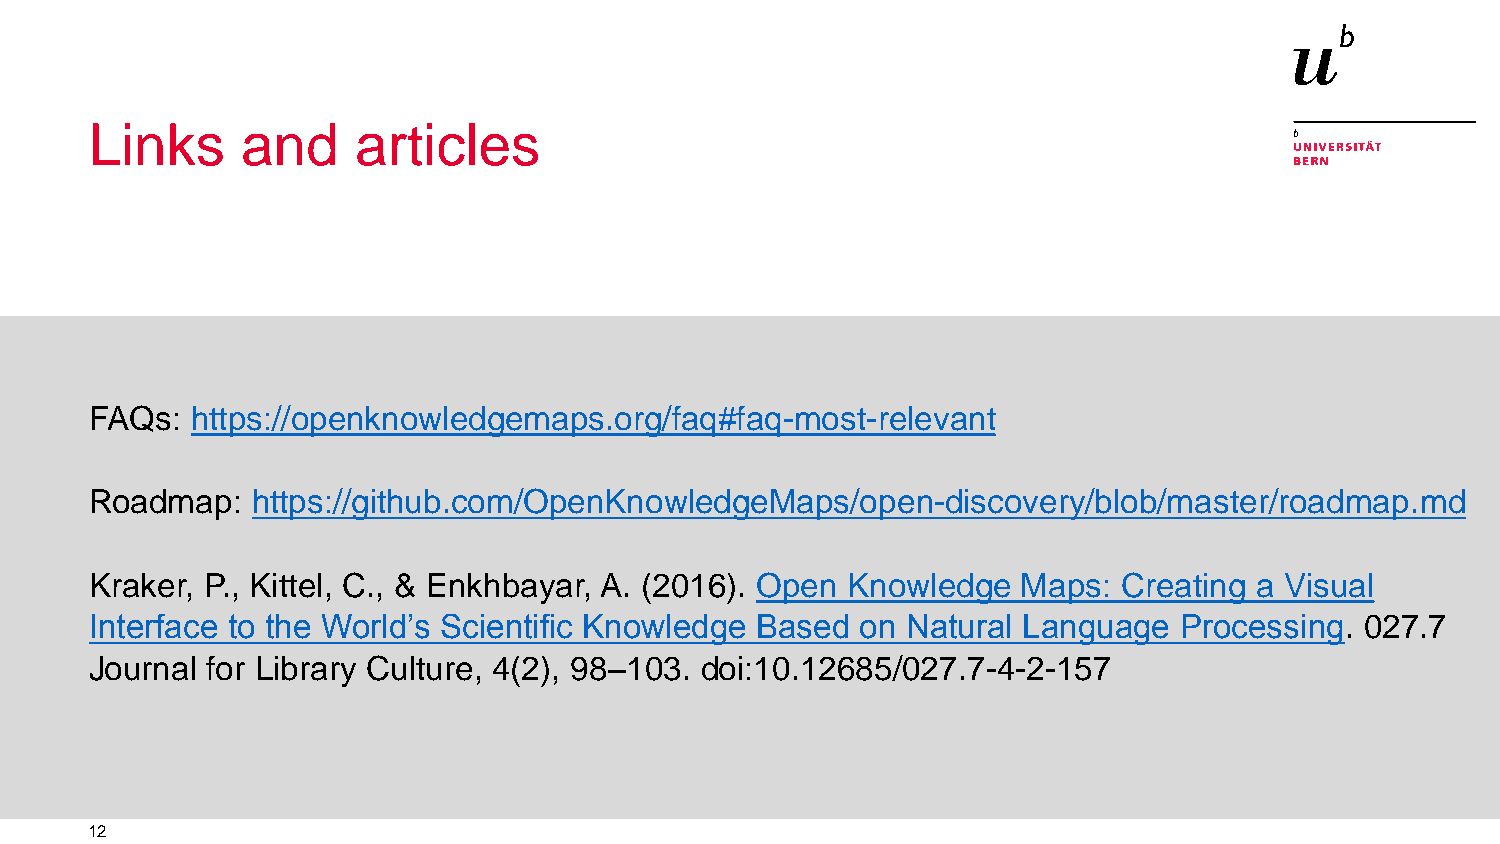
Links     and     articles
 FAQs:  https://openknowledgemaps.org/faq#faq-most-relevant
 Roadmap:   https://github.com/OpenKnowledgeMaps/open-discovery/blob/master/roadmap.md
 Kraker, P., Kittel, C., & Enkhbayar, A. (2016). Open Knowledge Maps: Creating a Visual
 Interface to the World’s Scientific Knowledge Based on Natural Language Processing. 027.7
 Journal for Library Culture, 4(2), 98–103. doi:10.12685/027.7-4-2-157
 12